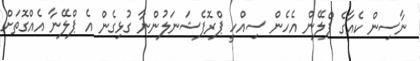
ނާސިން ކެއާގެ ޕްލޭން އެހެން ސިއްހީ ޕްރޮފެޝަނަލުންނާ ގުޅިގެން އެ ޕްލޭނާ އެއްގޮތަށް